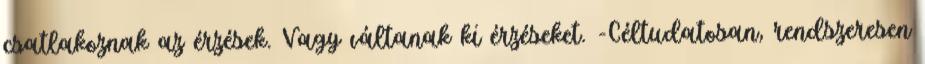
csatlakoznak az érzések. Vagy váltanak ki érzéseket. -Céltudatosan, rendszeresen